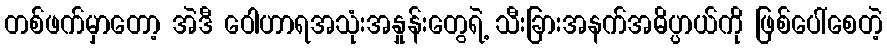
တစ်ဖက်မှာတော့ အဲဒီ ဝေါဟာရအသုံးအနှုန်းတွေရဲ့ သီးခြားအနက်အဓိပ္ပာယ်ကို ဖြစ်ပေါ်စေတဲ့